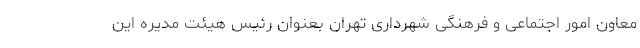
معاون امور اجتماعی و فرهنگی شهرداری تهران بعنوان رئیس هیئت مدیره این